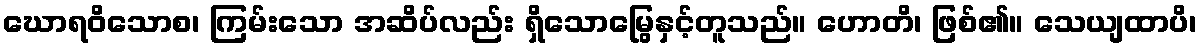
ဃောရဝိသောစ၊ ကြမ်းသော အဆိပ်လည်း ရှိသောမြွေနှင့်တူသည်။ ဟောတိ၊ ဖြစ်၏။ သေယျထာပိ၊